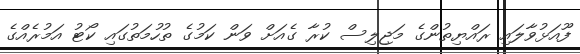
ފޫއަޅުވާލައި ރައްޔިތުންގެ މަޖިލިސް ކުރާ ގެއަށް ވަން ކަމުގެ ތުހުމަތުގައި ކޯޓު އަމުރެއްގެ